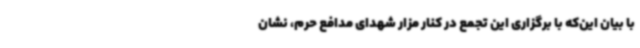
با بیان این‌که با برگزاری این تجمع در کنار مزار شهدای مدافع حرم، نشان